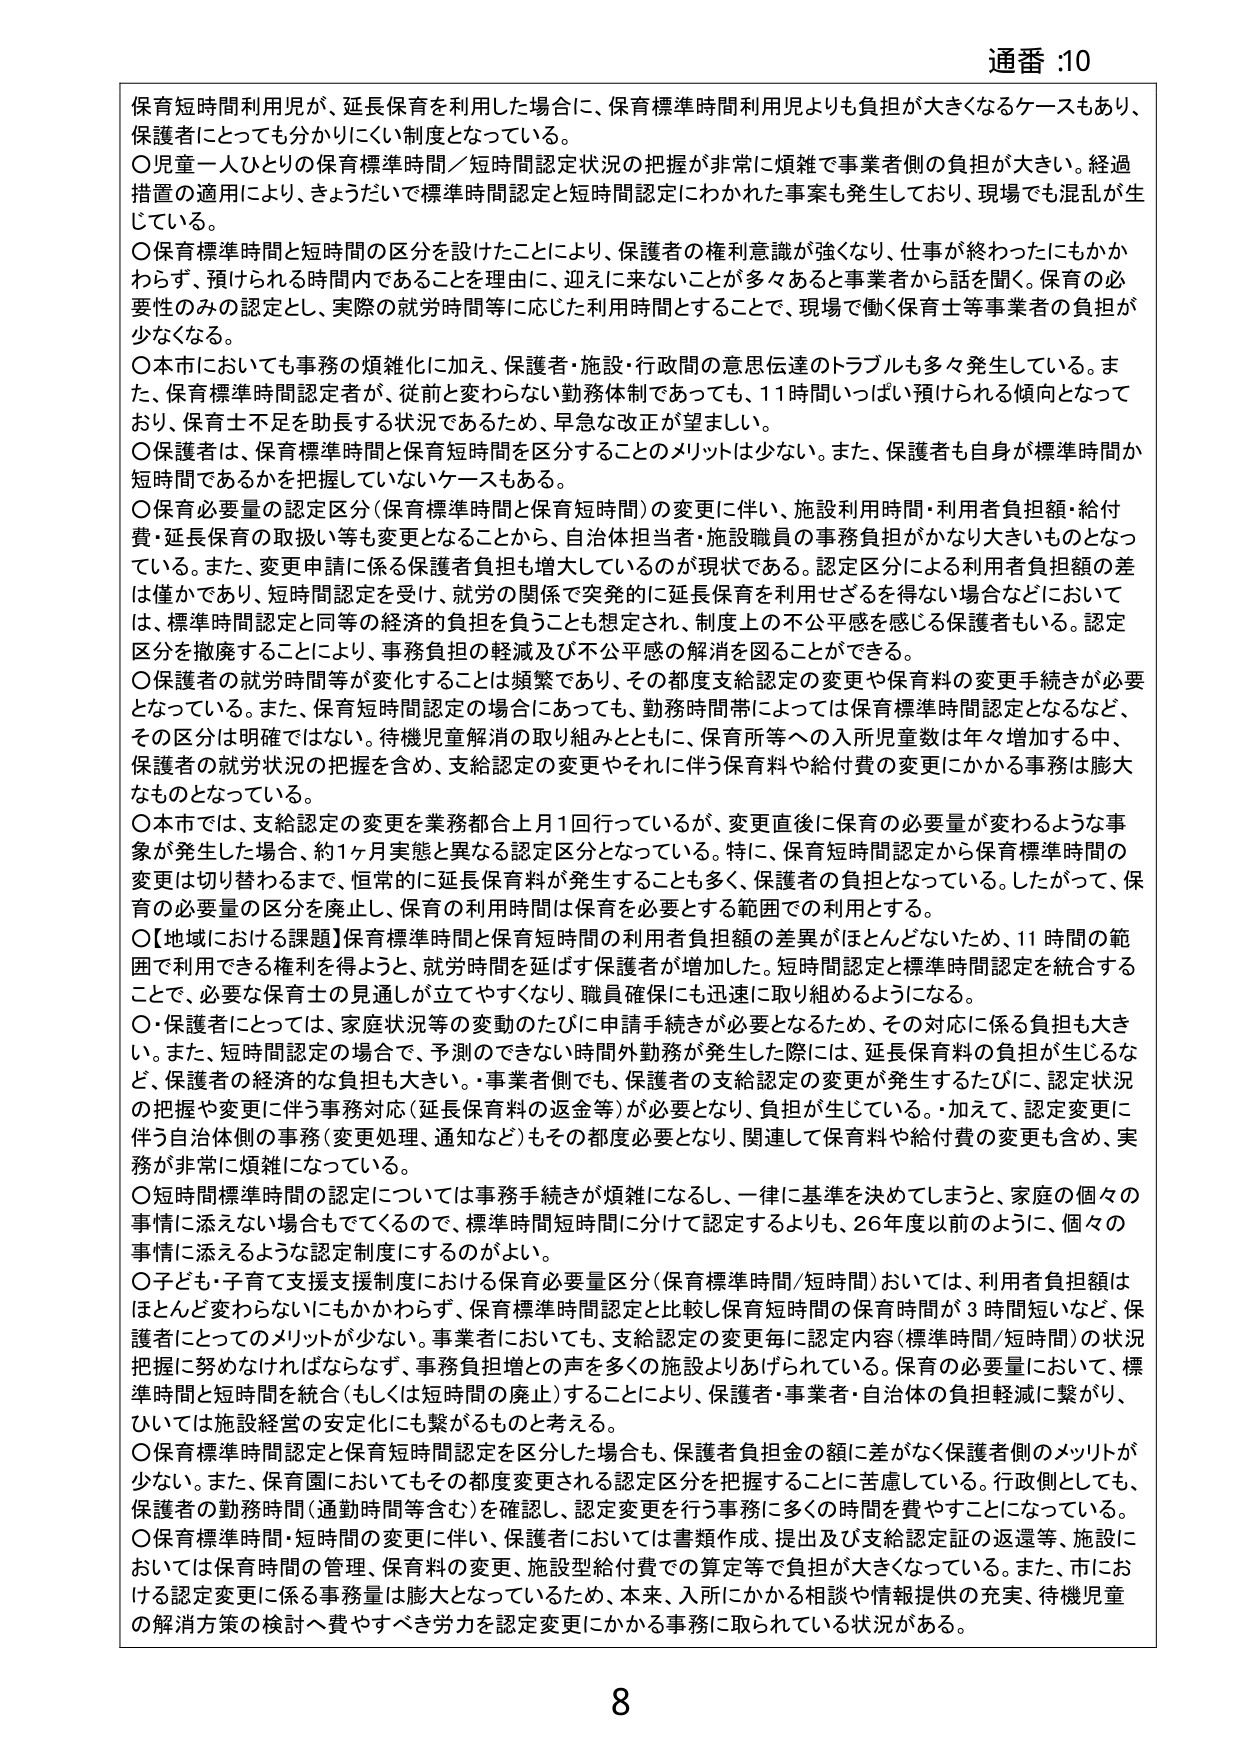
通番 :10

保育短時間利用児が、延長保育を利用した場合に、保育標準時間利用児よりも負担が大きくなるケースもあり、保護者にとっても分かりにくい制度となっている。

〇児童一人ひとりの保育標準時間／短時間認定状況の把握が非常に煩雑で事業者側の負担が大きい。経過措置の適用により、きょうだいで標準時間認定と短時間認定にわかれたりした事案も発生しており、現場でも混乱が生じている。

〇保育標準時間と短時間の区分を設けたことにより、保護者の権利意識が強くなり、仕事が終わったにもかかわらず、預けられる時間内であることを理由に、迎えに来ないことが多くあると事業者から話を聞く。保育の必要性のみの認定とし、実際の就労時間等に応じた利用時間とすることで、現場で働く保育士等事業者の負担が少なくなる。

〇本市においても事務の煩雑化に加え、保護者・施設・行政間の意思伝達のトラブルも多々発生している。また、保育標準時間認定者が、従前と変わらない勤務体制であっても、11時間いっぱい預けられる傾向となっており、保育士不足を助長する状況であるため、早急な改正が望ましい。

〇保護者は、保育標準時間と保育短時間を区分することのメリットは少ない。また、保護者も自身が標準時間か短時間であるかを把握していないケースもある。

〇保育必要量の認定区分（保育標準時間と保育短時間）の変更に伴い、施設利用時間・利用者負担額・給付費・延長保育の取扱い等も変更となることから、自治体担当者・施設職員の事務負担がかなり大きいものとなっている。また、変更申請に係る保護者負担も増大しているのが現状である。認定区分による利用者負担額の差は僅かであり、短時間認定を受け、就労の関係で突発的に延長保育を利用せざるを得ない場合などにおいては、標準時間認定と同等の経済的負担を負うことも想定され、制度上の不公平感を感じる保護者もいる。認定区分を撤廃することにより、事務負担の軽減及び不公平感の解消を図ることができる。

〇保護者の就労時間等が変化することは頻繁であり、その都度支給認定の変更や保育料の変更手続きが必要となっている。また、保育短時間認定の場合にあっても、勤務時間帯によっては保育標準時間認定となるなど、その区分は明確ではない。待機児童解消の取り組みとともに、保育所等への入所児童数は年々増加する中、保護者の就労状況の把握を含め、支給認定の変更やそれに伴う保育料や給付費の変更にかかる事務は膨大なものとなっている。

〇本市では、支給認定の変更を業務都合上月1回行っているが、変更直後に保育の必要量が変わるような事象が発生した場合、約1ヶ月実態と異なる認定区分となっている。特に、保育短時間認定から保育標準時間の変更は切り替わるまで、恒常的に延長保育料が発生することも多く、保護者の負担となっている。したがって、保育の必要量の区分を廃止し、保育の利用時間は保育を必要とする範囲での利用とする。

〇【地域における課題】保育標準時間と保育短時間の利用者負担額の差異がほとんどないため、11時間の範囲で利用できる権利を得ようと、就労時間を延ばす保護者が増加した。短時間認定と標準時間認定を統合することで、必要な保育士の見通しが立てやすくなり、職員確保にも迅速に取り組めるようになる。

〇・保護者にとっては、家庭状況等の変動のたびに申請手続きが必要となるため、その対応に係る負担も大きい。また、短時間認定の場合で、予測のできない時間外勤務が発生した際には、延長保育料の負担が生じるなど、保護者の経済的な負担も大きい。事業者側でも、保護者の支給認定の変更が発生するたびに、認定状況の把握や変更に伴う事務対応（延長保育料の返金等）が必要となり、負担が生じている。・加えて、認定変更に伴う自治体側の事務（変更処理、通知など）もその都度必要となり、関連して保育料や給付費の変更も含め、実務が非常に煩雑になっている。

〇短時間標準時間の認定については事務手続きが煩雑になるし、一律に基準を決めてしまうと、家庭の個々の事情に添えない場合もでてくるので、標準時間短時間に分けて認定するよりも、26年度以前のように、個々の事情に添えるような認定制度にするのがよい。

〇子ども・子育て支援支援制度における保育必要量区分（保育標準時間/短時間）おいては、利用者負担額はほとんど変わらないにもかかわらず、保育標準時間認定と比較し保育短時間の保育時間が3時間短いなど、保護者にとってのメリットが少ない。事業者においても、支給認定の変更毎に認定内容（標準時間/短時間）の状況把握に努めなければならないが、事務負担増との声を多くの施設よりあげられている。保育の必要量において、標準時間と短時間を統合（もしくは短時間の廃止）することにより、保護者・事業者・自治体の負担軽減に繋がり、ひいては施設経営の安定化にも繋がるものと考える。

〇保育標準時間認定と保育短時間認定を区分した場合も、保護者負担金の額に差がなく保護者側のメリットが少ない。また、保育園においてもその都度変更される認定区分を把握することに苦慮している。行政側としても、保護者の勤務時間（通勤時間等含む）を確認し、認定変更を行う事務に多くの時間を費やすことになっている。

〇保育標準時間・短時間の変更に伴い、保護者においては書類作成、提出及び支給認定証の返還等、施設においては保育時間の管理、保育料の変更、施設型給付費での算定等で負担が大きくなっている。また、市における認定変更に係る事務量は膨大となっているため、本来、入所にかかる相談や情報提供の充実、待機児童の解消方策の検討へ費やすべき労力を認定変更にかかる事務に取られている状況がある。

8